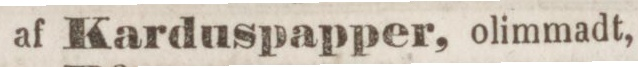
af Karduspapper, olimmadt,